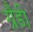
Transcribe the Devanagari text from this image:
ग्रैडी